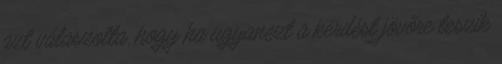
azt válaszolta, hogy ha ugyanezt a kérdést jövőre teszik